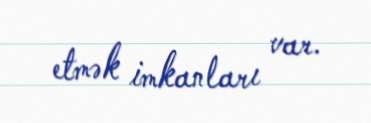
etmək imkanları var.